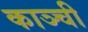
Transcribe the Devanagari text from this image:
काञ्ची